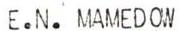
E.N. MAMEDOW